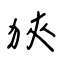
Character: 狹